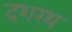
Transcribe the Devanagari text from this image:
दशरथ